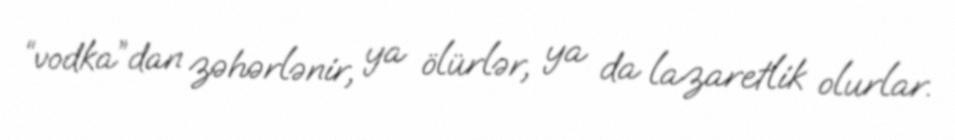
“vodka”dan zəhərlənir, ya ölürlər, ya da lazaretlik olurlar.